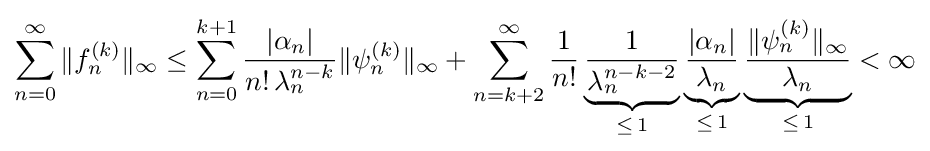
\sum _{n=0}^{\infty }\|f_{n}^{(k)}\|_{\infty }\leq \sum _{n=0}^{k+1}{\frac {|\alpha _{n}|}{n!\,\lambda _{n}^{n-k}}}\|\psi _{n}^{(k)}\|_{\infty }+\sum _{n=k+2}^{\infty }{\frac {1}{n!}}\underbrace {\frac {1}{\lambda _{n}^{n-k-2}}} _{\leq \,1}\underbrace {\frac {|\alpha _{n}|}{\lambda _{n}}} _{\leq \,1}\underbrace {\frac {\|\psi _{n}^{(k)}\|_{\infty }}{\lambda _{n}}} _{\leq \,1}<\infty